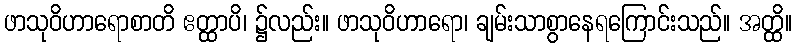
ဖာသုဝိဟာရောစာတိ ဧတ္ထာပိ၊ ၌လည်း။ ဖာသုဝိဟာရော၊ ချမ်းသာစွာနေရကြောင်းသည်။ အတ္ထိ။